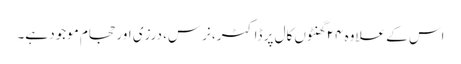
اس کے علاوہ ۲۴ گھنٹوں کال پر ڈاکٹر، نرس، درزی اور حجام موجود ہے۔